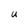
Character: u